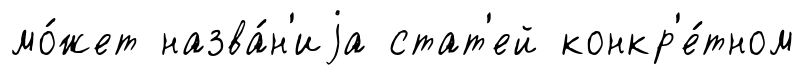
мо́жет назва́н'иjа стат'ей конкр'е́тном